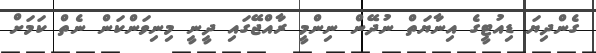
ގެންދިޔަ ޑިއުޓީގެ އިނާޔަތް ނުދޭން ނިންމީ ރާއްޖޭގައި ދީނީ މިނިވަންކަން ނެތް ކަމަށް